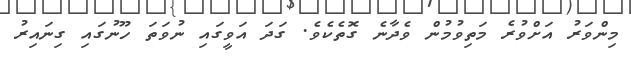
މިންވަރު އަށްވުރެ މަތިވުމުން ވެދާނެ ގޮތެކެވެ. ގަދަ އަވީގައި ނުވަތަ ހޫނުގައި ގިނައިރު